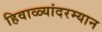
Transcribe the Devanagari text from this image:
हिवाळ्यांदरम्यान